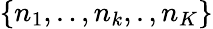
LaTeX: \left\{ {{n}_{1}},..,{{n}_{k}},.,{{n}_{K}}\right\}